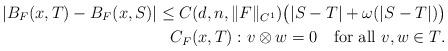
LaTeX: \begin{align*} |B_F(x,T)-B_F(x,S)|\le C(d,n, \|F\|_{C^1}) \big( |S-T|+\omega(|S-T|)\big) \\ C_F(x,T): v\otimes w=0 \quad\textrm{for all \(v,w\in T\)}. \end{align*}